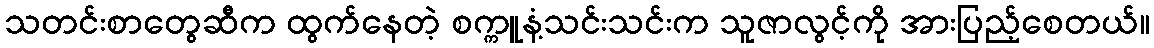
သတင်းစာတွေဆီက ထွက်နေတဲ့ စက္ကူနံ့သင်းသင်းက သူဇာလွင့်ကို အားပြည့်စေတယ်။